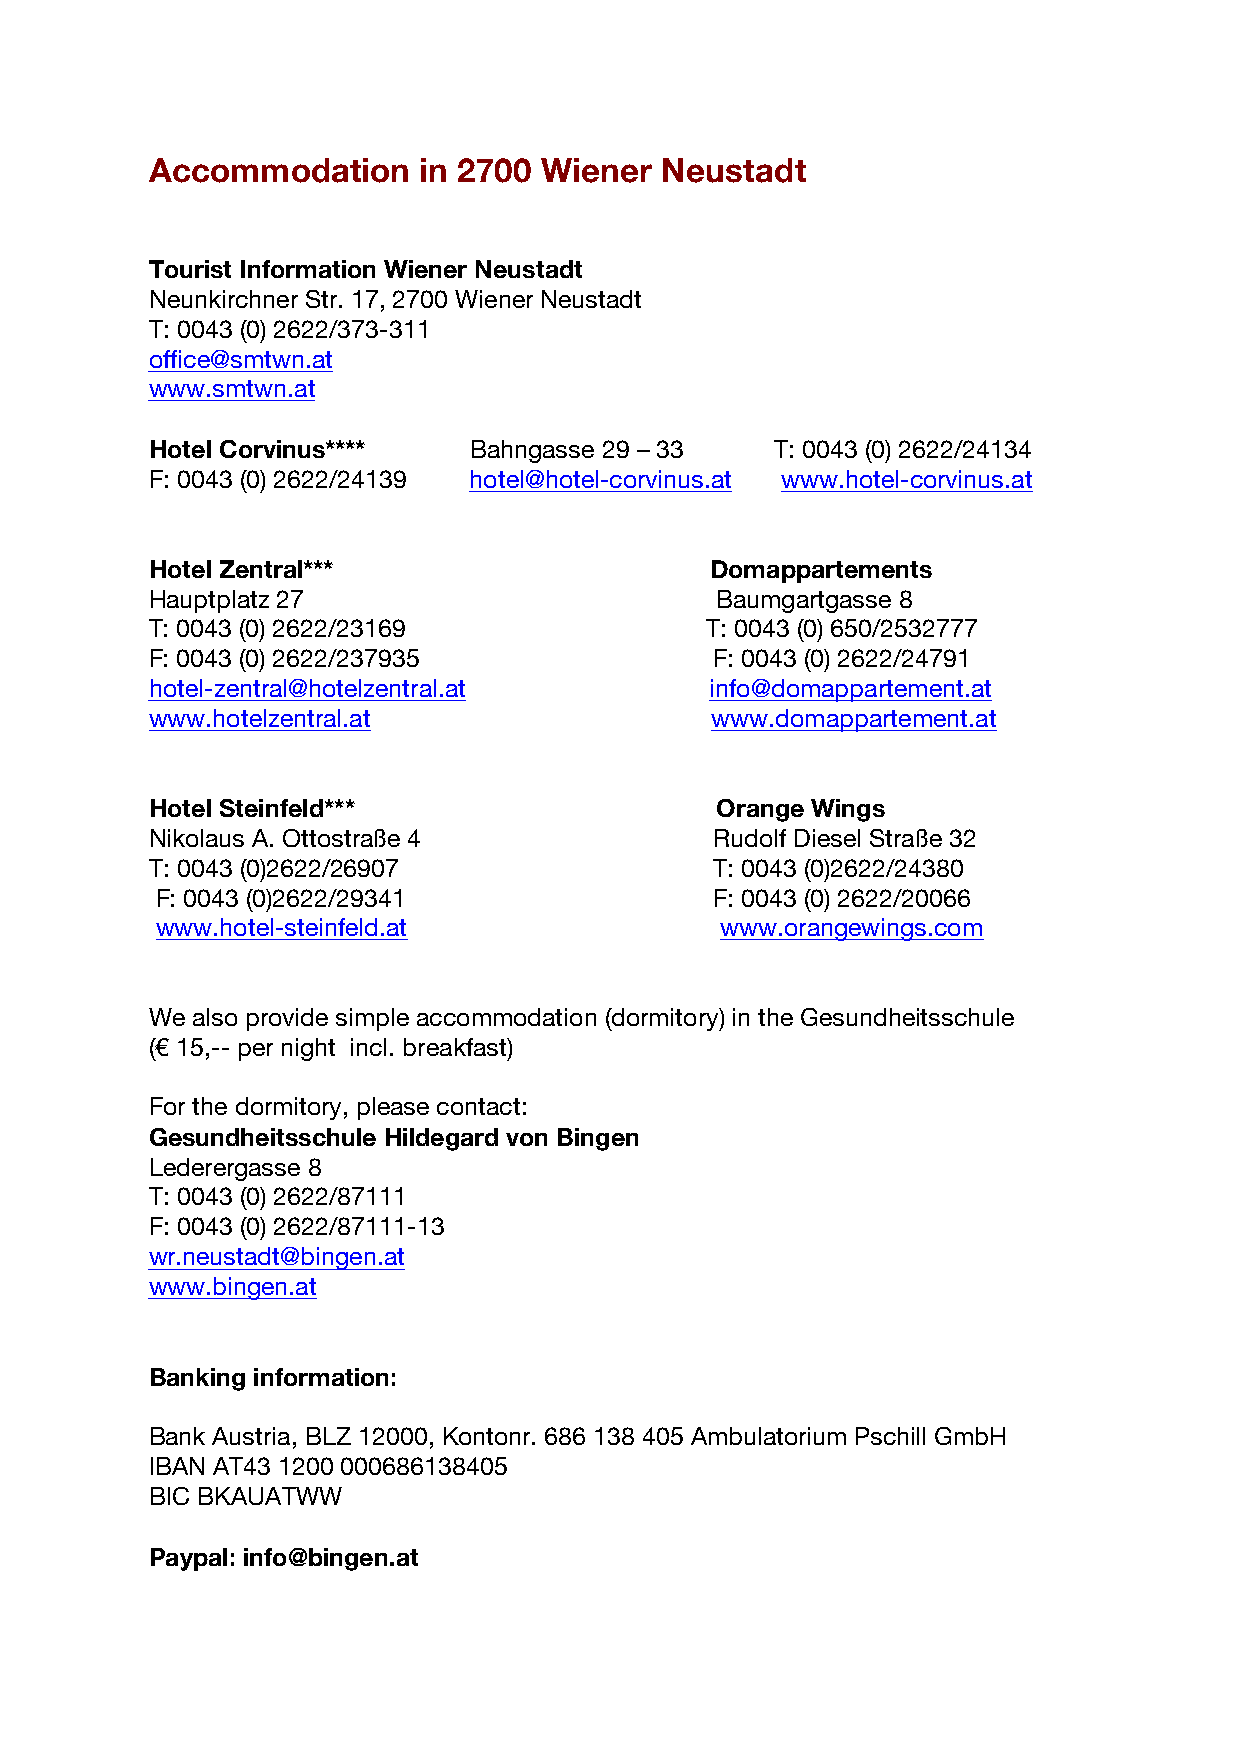
Accommodation     in 2700 Wiener  Neustadt
 Tourist Information Wiener Neustadt
 Neunkirchner Str. 17, 2700 Wiener Neustadt
 T: 0043 (0) 2622/373-311
 office@smtwn.at
 www.smtwn.at
 Hotel Corvinus****   Bahngasse 29 – 33   T: 0043 (0) 2622/24134
 F: 0043 (0) 2622/24139 hotel@hotel-corvinus.at www.hotel-corvinus.at
 Hotel Zentral***                     Domappartements
 Hauptplatz 27                        Baumgartgasse 8
 T: 0043 (0) 2622/23169               T: 0043 (0) 650/2532777
 F: 0043 (0) 2622/237935              F: 0043 (0) 2622/24791
 hotel-zentral@hotelzentral.at        info@domappartement.at
 www.hotelzentral.at                  www.domappartement.at
 Hotel Steinfeld***                   Orange Wings
 Nikolaus A. Ottostraße 4             Rudolf Diesel Straße 32
 T: 0043 (0)2622/26907                T: 0043 (0)2622/24380
 F: 0043 (0)2622/29341                F: 0043 (0) 2622/20066
 www.hotel-steinfeld.at                www.orangewings.com
 We also provide simple accommodation (dormitory) in the Gesundheitsschule
 (€ 15,-- per night incl. breakfast)
 For the dormitory, please contact:
 Gesundheitsschule Hildegard von Bingen
 Lederergasse 8
 T: 0043 (0) 2622/87111
 F: 0043 (0) 2622/87111-13
 wr.neustadt@bingen.at
 www.bingen.at
 Banking information:
 Bank Austria, BLZ 12000, Kontonr. 686 138 405 Ambulatorium Pschill GmbH
 IBAN AT43 1200 000686138405
 BIC BKAUATWW
 Paypal: info@bingen.at